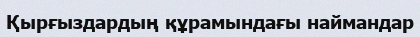
Қырғыздардың құрамындағы наймандар